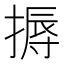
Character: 搙